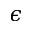
\epsilon